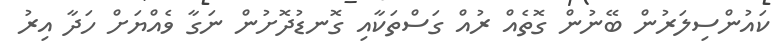
ކައުންސިލަރުން ބޭނުން ގޮތެއް ރުއް ގަސްތަކާއި ގޮނޑުދޮށުން ނަގާ ވެއްޔަށް ހަދާ އިރު